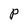
Character: P